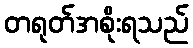
တရုတ်အစိုးရသည်